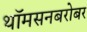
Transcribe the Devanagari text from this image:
थॉमसनबरोबर